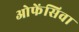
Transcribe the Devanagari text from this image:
ओफेंसिवा